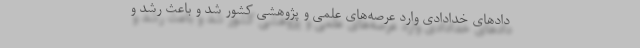
داد‌های خدادادی وارد عرصه‌های علمی و پژوهشی کشور شد و باعث رشد و